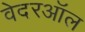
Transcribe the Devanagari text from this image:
वेदरऑल